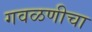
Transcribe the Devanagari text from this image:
गवळणीचा